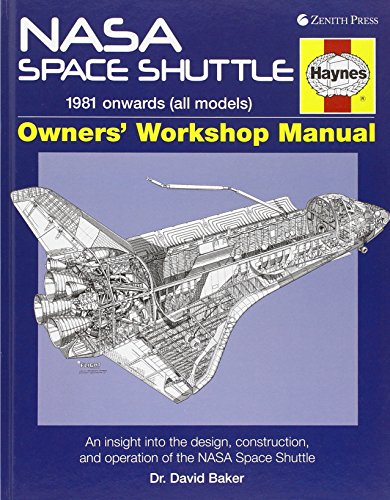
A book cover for NASA Space Shuttle Manual: An Insight into the Design, Construction and Operation of the NASA Space Shuttle (Haynes Owners Workshop Manuals); David Baker; Engineering & Transportation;